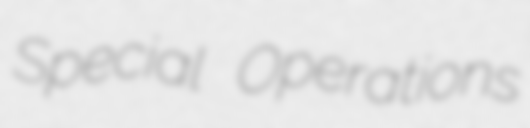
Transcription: Special Operations